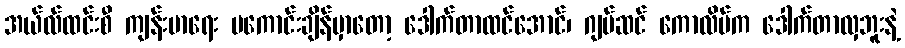
အယ်လ်ထင်းစီ ကျန်းမာရေး မကောင်းချိန်မှာတော့ ဒေါက်တာထင်အောင်၊ ဂျပ်ဆင် ကောလိပ်က ဒေါက်တာလှဘူးနဲ့